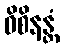
ဝိစိနန္တံ